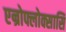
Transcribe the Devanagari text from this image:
एन्रोफ्लोक्सासिं